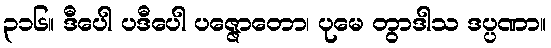
၃၁၆။ ဒီပေါ ပဒီပေါ ပဇ္ဇောတော၊ ပုမေ တွာဒါသ ဒပ္ပဏာ။